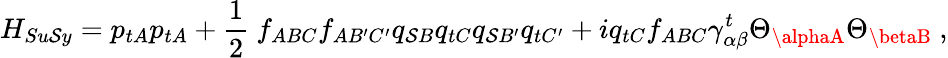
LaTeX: H_{Su\mathcal{S}y}=p_{tA}p_{tA}+\frac{{1}}{{2}}\ f_{ABC}f_{AB^{\prime}C^{\prime}}q_{\mathcal{S}B}q_{tC}q_{\mathcal{S}B^{\prime}}q_{tC^{\prime}}+iq_{tC}f_{ABC}\gamma_{\alpha\beta}^{t}\Theta_{\alphaA}\Theta_{\betaB}\ ,